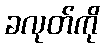
ခလုတ်ကို